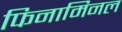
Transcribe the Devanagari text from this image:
फिनामिनल